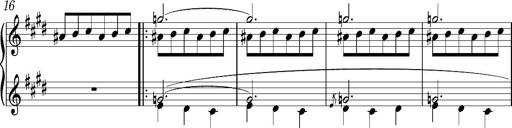
Title: Valses oubliÃ©es
Composer: Franz Liszt